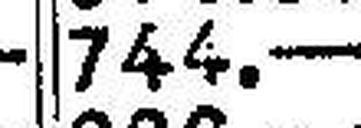
744.—